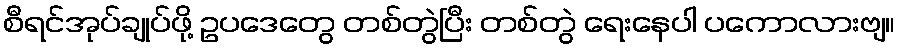
စီရင်အုပ်ချုပ်ဖို့ ဥပဒေတွေ တစ်တွဲပြီး တစ်တွဲ ရေးနေပါ ပကောလားဗျ။